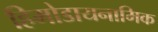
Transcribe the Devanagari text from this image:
हिमोडायनामिक